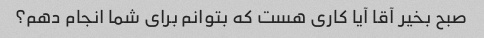
صبح بخیر آقا آیا کاری هست که بتوانم برای شما انجام دهم؟